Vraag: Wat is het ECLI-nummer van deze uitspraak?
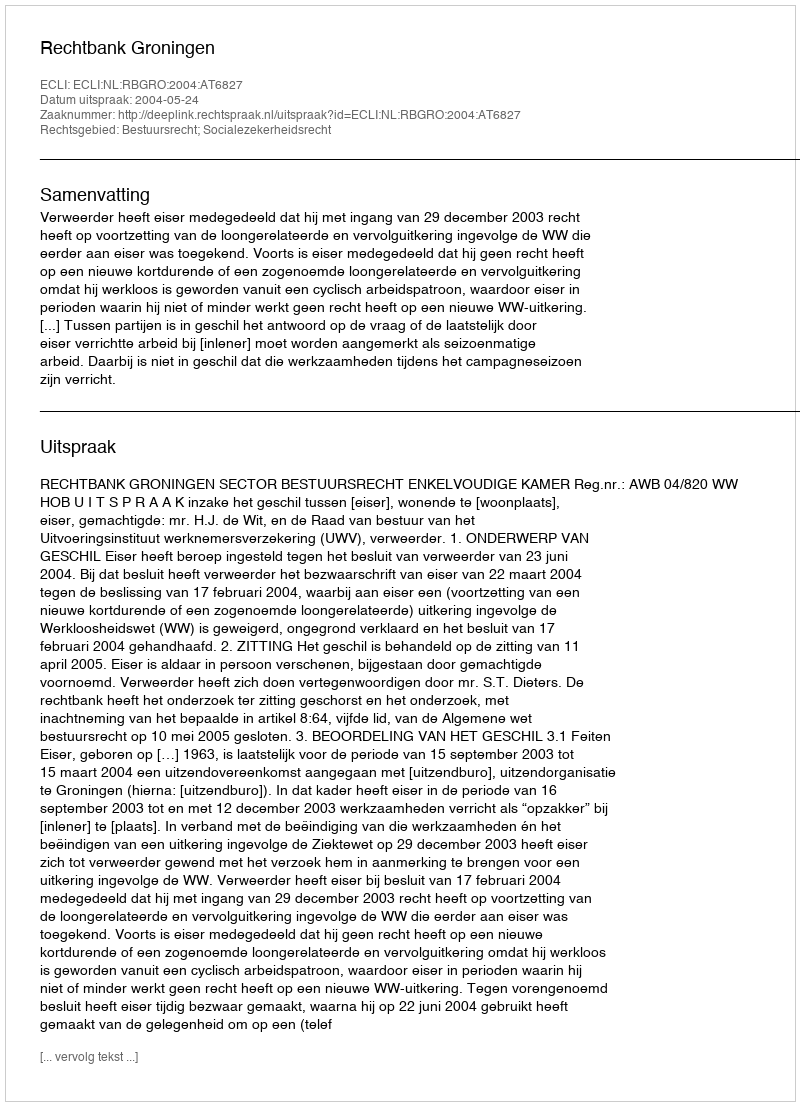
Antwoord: ECLI:NL:RBGRO:2004:AT6827